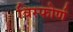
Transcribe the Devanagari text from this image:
विस्फोर्ण